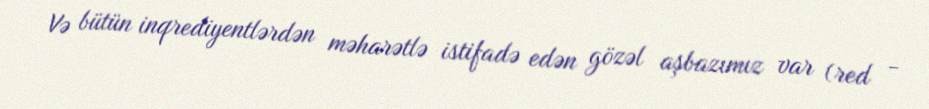
Və bütün inqrediyentlərdən məharətlə istifadə edən gözəl aşbazımız var (red -